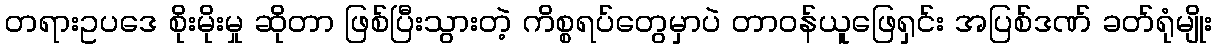
တရားဥပဒေ စိုးမိုးမှု ဆိုတာ ဖြစ်ပြီးသွားတဲ့ ကိစ္စရပ်တွေမှာပဲ တာဝန်ယူဖြေရှင်း အပြစ်ဒဏ် ခတ်ရုံမျိုး